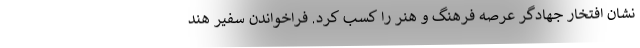
نشان افتخار جهادگر عرصه فرهنگ و هنر را کسب کرد. فراخواندن سفیر هند